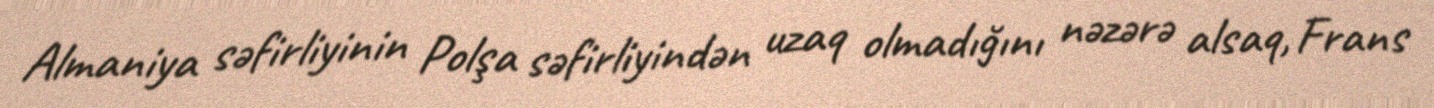
Almaniya səfirliyinin Polşa səfirliyindən uzaq olmadığını nəzərə alsaq, Frans